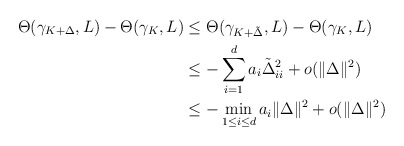
\begin{align*}\Theta(\gamma_{K+\Delta},L)-\Theta(\gamma_K,L)&\le\Theta(\gamma_{K+\tilde{\Delta}},L)-\Theta(\gamma_K,L)\\&\le -\sum_{i=1}^da_i\tilde{\Delta}_{ii}^2+o(\|\Delta\|^2)\\&\le -\min_{1\le i\le d} a_i\|\Delta\|^2+o(\|\Delta\|^2)\end{align*}